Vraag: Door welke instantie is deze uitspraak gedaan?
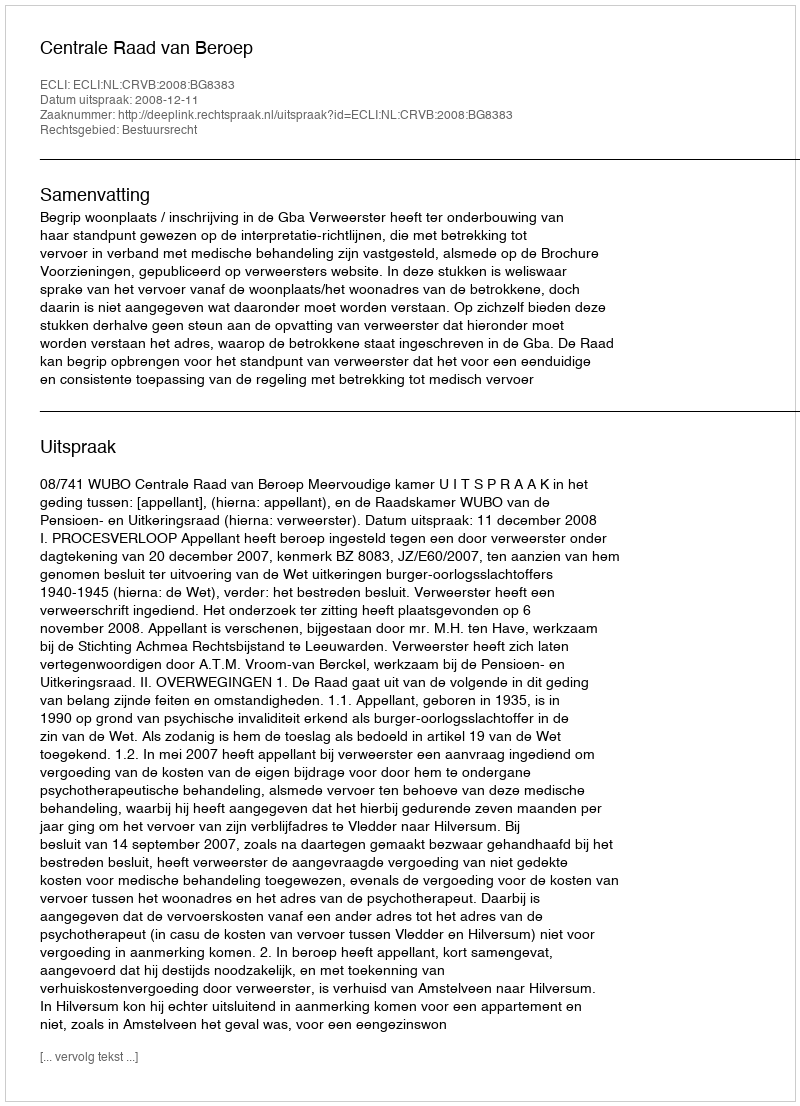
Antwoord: Centrale Raad van Beroep